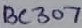
Text: BC307